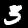
Digit: 3